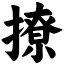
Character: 撩